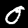
Digit: 0